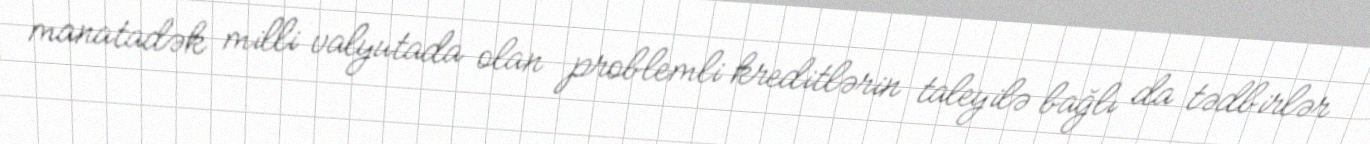
manatadək milli valyutada olan problemli kreditlərin taleyilə bağlı da tədbirlər